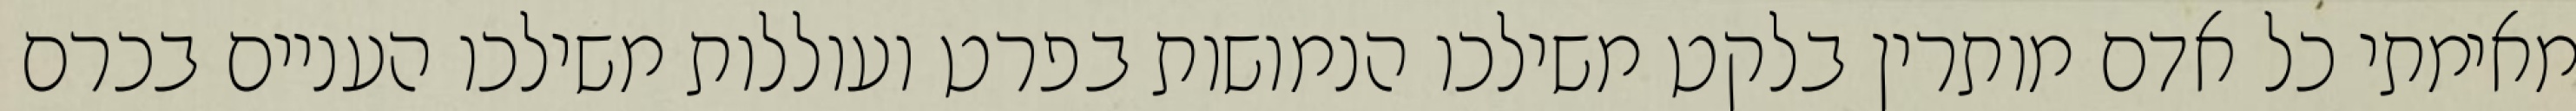
מאימתי כל אדם מותרין בלקט משילכו הנמושות בפרט ועוללות משילכו העניים בכרם